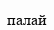
палай